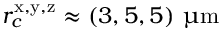
\ensuremath { r _ { c } } ^ { \mathrm { x , y , z } } \approx ( 3 , 5 , 5 ) ~ \ensuremath { \upmu \mathrm { m } }